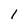
Character: 1